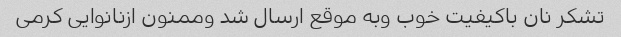
تشکر نان باکیفیت خوب وبه موقع ارسال شد وممنون ازنانوایی کرمی